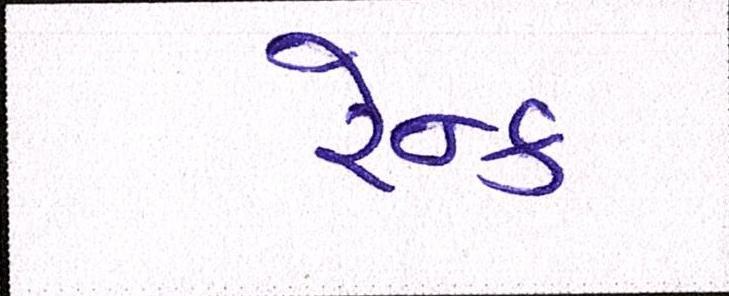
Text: રેન્ક